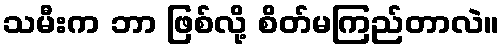
သမီးက ဘာ ဖြစ်လို့ စိတ်မကြည်တာလဲ။